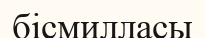
бісмилласы